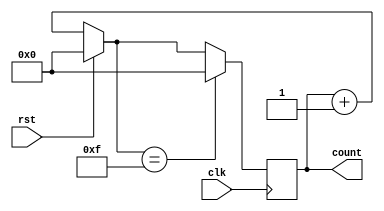
module bin(rst,clk,count);
  input rst,clk;
  output reg [3:0]count;
  
  always@(posedge clk)begin
   
    if(rst)
      count=4'b0;
    else
      count=count+1;
    if(count==4'b1111)
      count=4'b0000;
  end
endmodule